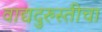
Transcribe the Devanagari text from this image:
वाद्यदुरुस्तीचा